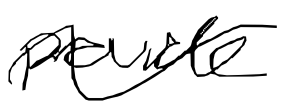
Text: provide
Cross-out: wave
Writing tool: digital_black